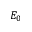
E _ { 0 }